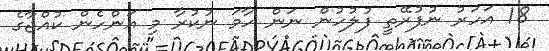
18 އަހަރު ނުފުރޭތީ ފުލުހުން ނަން ހާމަ ނުކުރާ މި އަންހެން ކުއްޖާގެ